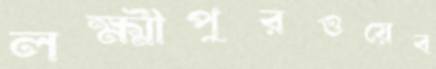
লক্ষ্মীপুরওয়েব